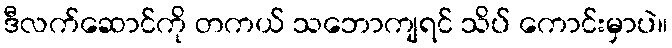
ဒီလက်ဆောင်ကို တကယ် သဘောကျရင် သိပ် ကောင်းမှာပဲ။